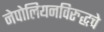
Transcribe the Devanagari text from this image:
नेपोलियनविरुद्धचे